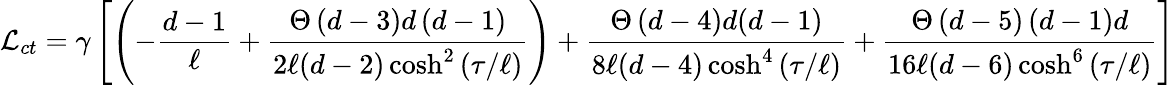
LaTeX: {\cal L}_{ct}=\gamma\left[\left(-\frac{d-1}{\ell}+\frac{\Theta\left(d-3\right)d\left(d-1\right)}{2\ell(d-2)\cosh^{2}\left(\tau/\ell\right)}\right)+\frac{\Theta\left(d-4\right)d(d-1)}{8\ell(d-4)\cosh^{4}\left(\tau/\ell\right)}+\frac{\Theta\left(d-5\right)\left(d-1\right)d}{16\ell(d-6)\cosh^{6}\left(\tau/\ell\right)}\right]